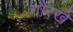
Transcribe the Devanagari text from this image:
गौरखे